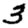
Digit: 3